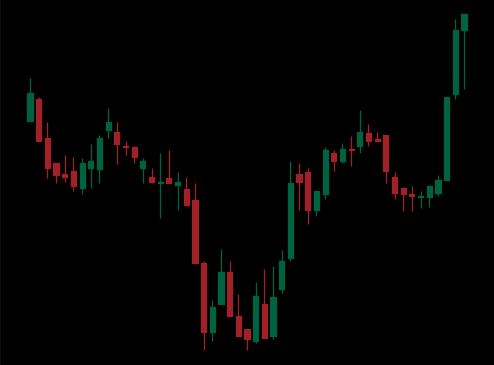
Pattern: inverse_head_shoulders